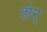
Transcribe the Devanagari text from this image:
शेर्